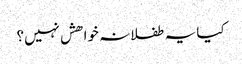
کیا یہ طفلانہ خواھش نہیں؟